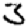
Digit: 3